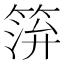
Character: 𥮓